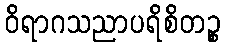
ဝိရာဂသညာပရိစိတဉ္စ